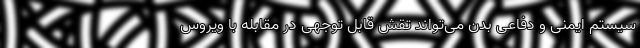
سیستم ایمنی و دفاعی بدن می‌تواند تقش قابل توجهی در مقابله با ویروس